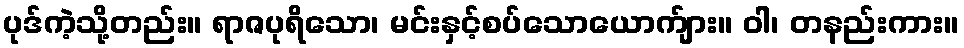
ပုဒ်ကဲ့သို့တည်း။ ရာဇပုရိသော၊ မင်းနှင့်စပ်သောယောက်ျား။ ဝါ၊ တနည်းကား။